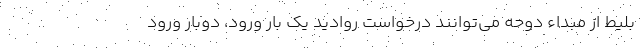
بلیط از مبداء دوحه می‌توانند درخواست روادید یک بار ورود، دوبار ورود